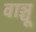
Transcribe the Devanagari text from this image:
वाञ्चू